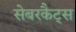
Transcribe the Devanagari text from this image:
सेबरकैट्स